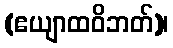
(ဧယျာထဝိဘတ်)၊